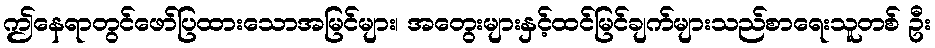
ဤနေရာတွင်ဖော်ပြထားသောအမြင်များ၊ အတွေးများနှင့်ထင်မြင်ချက်များသည်စာရေးသူတစ် ဦး